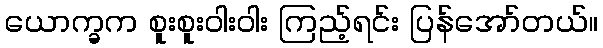
ယောက္ခက စူးစူးဝါးဝါး ကြည့်ရင်း ပြန်အော်တယ်။